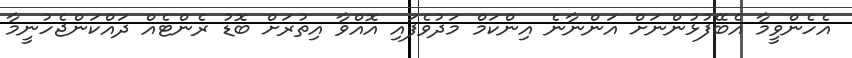
އެހެންވީމާ އެބޭފުޅުންނަށް އަންނާނެ އިންކަމް މަދުވެފައި އޮއްވާ އިތުރަށް ބޮޑު ރެންޓެއް ދައްކަންޖެހުނީމާ